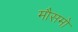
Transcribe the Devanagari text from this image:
मौसमो